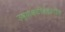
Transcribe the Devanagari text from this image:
उष्णकटीबंधातील